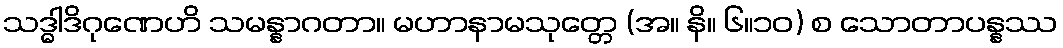
သဒ္ဓါဒိဂုဏေဟိ သမန္နာဂတာ။ မဟာနာမသုတ္တေ (အ။ နိ။ ၆။၁၀) စ သောတာပန္နဿ